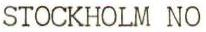
STOCKHOLM NO